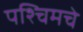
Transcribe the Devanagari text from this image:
पश्‍चिमचे